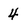
Character: 4